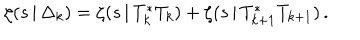
\zeta ( s \, | \, \Delta _ { k } ) = \zeta ( s \, | \, T _ { k } ^ { * } T _ { k } ) + \zeta ( s \, | \, T _ { k + 1 } ^ { * } T _ { k + 1 } ) \, .